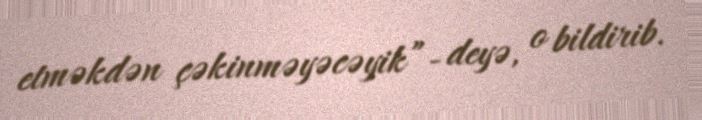
etməkdən çəkinməyəcəyik”- deyə, o bildirib.